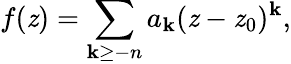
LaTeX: f(\mathit{z})=\sum_{\mathbf{k}\geq-n}a_{\mathbf{k}}(\mathit{z}-\mathit{z}_{0})^{\mathbf{k}},